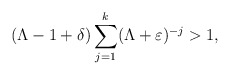
\begin{align*} (\Lambda-1+\delta)\sum_{j=1}^k (\Lambda+\varepsilon)^{-j} > 1,\end{align*}